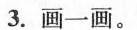
3.画一画。